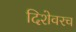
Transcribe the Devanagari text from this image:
दिशेवरच